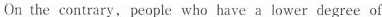
On the contrary, people who have a lower degree of